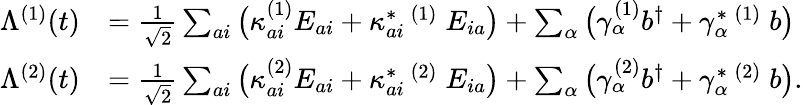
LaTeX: \begin{array}{rl}{\Lambda^{(1)}(t)}&{=\frac{1}{\sqrt{2}}\sum_{ai}\big(\kappa_{ai}^{(1)}E_{ai}+\kappa_{ai}^{*}\, ^{(1)}\; E_{ia}\big)+\sum_{\alpha}\big(\gamma_{\alpha}^{(1)}b^{\dagger}+\gamma_{\alpha}^{*}\, ^{(1)}\; b\big)}\\ {\Lambda^{(2)}(t)}&{=\frac{1}{\sqrt{2}}\sum_{ai}\big(\kappa_{ai}^{(2)}E_{ai}+\kappa_{ai}^{*}\, ^{(2)}\; E_{ia}\big)+\sum_{\alpha}\big(\gamma_{\alpha}^{(2)}b^{\dagger}+\gamma_{\alpha}^{*}\, ^{(2)}\; b\big).}\end{array}